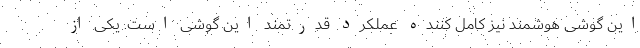
این گوشی هوشمند نیز کامل کننده عملکرد قدرتمند این گوشی است. یکی از